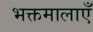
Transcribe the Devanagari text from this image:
भक्तमालाएँ